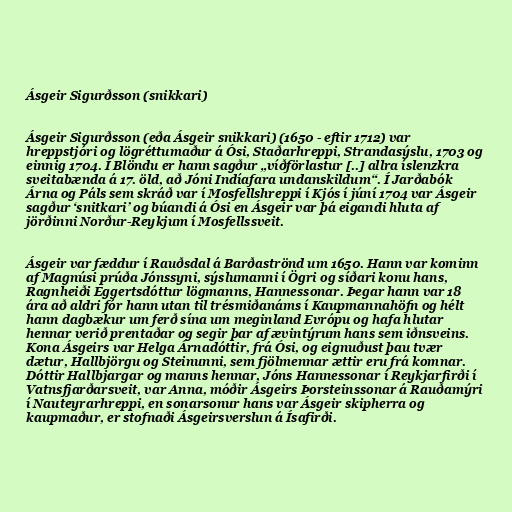
Ásgeir Sigurðsson (snikkari)

Ásgeir Sigurðsson (eða Ásgeir snikkari) (1650 - eftir 1712) var
hreppstjóri og lögréttumaður á Ósi, Staðarhreppi, Strandasýslu, 1703 og
einnig 1704. Í Blöndu er hann sagður „víðförlastur [..] allra íslenzkra
sveitabænda á 17. öld, að Jóni Indíafara undanskildum“. Í Jarðabók
Árna og Páls sem skráð var í Mosfellshreppi í Kjós í júní 1704 var Ásgeir
sagður ‘snitkari’ og búandi á Ósi en Ásgeir var þá eigandi hluta af
jörðinni Norður-Reykjum í Mosfellssveit.

Ásgeir var fæddur í Rauðsdal á Barðaströnd um 1650. Hann var kominn
af Magnúsi prúða Jónssyni, sýslumanni í Ögri og síðari konu hans,
Ragnheiði Eggertsdóttur lögmanns, Hannessonar. Þegar hann var 18
ára að aldri fór hann utan til trésmiðanáms í Kaupmannahöfn og hélt
hann dagbækur um ferð sína um meginland Evrópu og hafa hlutar
hennar verið prentaðar og segir þar af ævintýrum hans sem iðnsveins.
Kona Ásgeirs var Helga Árnadóttir, frá Ósi, og eignuðust þau tvær
dætur, Hallbjörgu og Steinunni, sem fjölmennar ættir eru frá komnar.
Dóttir Hallbjargar og manns hennar, Jóns Hannessonar í Reykjarfirði í
Vatnsfjarðarsveit, var Anna, móðir Ásgeirs Þorsteinssonar á Rauðamýri
í Nauteyrarhreppi, en sonarsonur hans var Ásgeir skipherra og
kaupmaður, er stofnaði Ásgeirsverslun á Ísafirði.